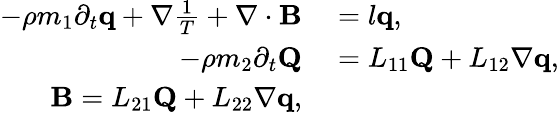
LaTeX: \begin{array}{rl}{-\rho m_{1}\partial_{t}\mathbf q+\nabla\frac{1}{T}+\nabla\cdot\mathbf B}&{{}=l\mathbf q,}\\ {-\rho m_{2}\partial_{t}\mathbf Q}&{{}=L_{11}\mathbf Q+L_{12}\nabla\mathbf q,}\\ {\mathbf B=L_{21}\mathbf Q+L_{22}\nabla\mathbf q,}\end{array}